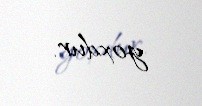
yoxdur.